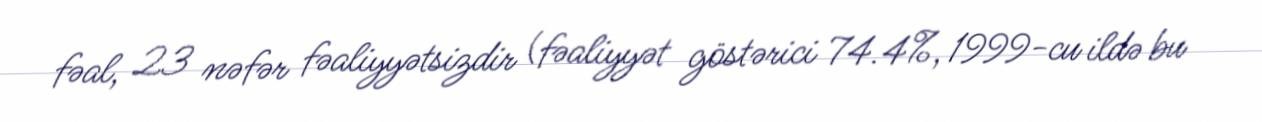
fəal, 23 nəfər fəaliyyətsizdir (fəaliyyət göstərici 74.4%, 1999-cu ildə bu